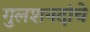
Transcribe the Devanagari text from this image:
गुलशनदांचे